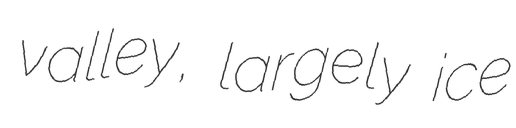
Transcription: valley, largely ice